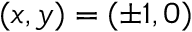
( x , y ) = ( \pm 1 , 0 )